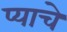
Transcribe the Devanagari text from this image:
प्याचे